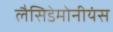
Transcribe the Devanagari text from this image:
लैसिडेमोनीयंस